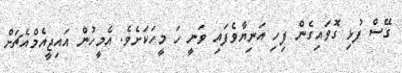
ގޭސް ފުޅި ގޮވައިގެން ފިހި އަނިޔާވެފައި ވަނީ ހަ މީހަކަށެވެ. އެމީހުން އައިޖީއެމްއެޗަށް